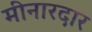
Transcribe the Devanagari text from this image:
मीनारदार